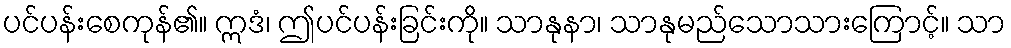
ပင်ပန်းစေကုန်၏။ ဣဒံ၊ ဤပင်ပန်းခြင်းကို။ သာနုနာ၊ သာနုမည်သောသားကြောင့်။ သာ